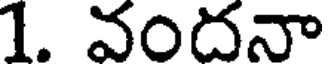
1. వందనా